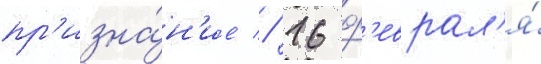
пр'изна́н'ие // 16 ф'еврал'я́